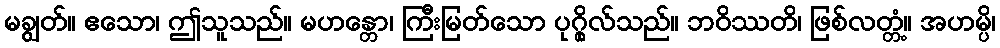
မချွတ်။ ဧသော၊ ဤသူသည်။ မဟန္တော၊ ကြီးမြတ်သော ပုဂ္ဂိုလ်သည်။ ဘဝိဿတိ၊ ဖြစ်လတ္တံ့။ အဟမ္ပိ၊